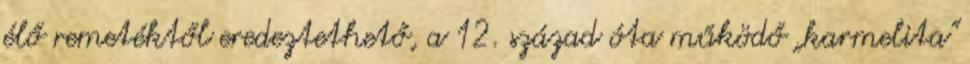
élő remetéktől eredeztethető, a 12. század óta működő „karmelita"